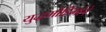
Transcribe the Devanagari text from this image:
युद्धमोहिमांचे